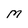
Character: M